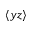
\langle y z \rangle